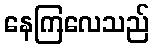
နေကြလေသည်